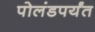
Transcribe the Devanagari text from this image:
पोलंडपर्यंत